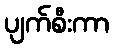
ပျက်စီးကာ